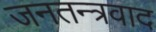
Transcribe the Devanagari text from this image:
जनतन्त्रवाद